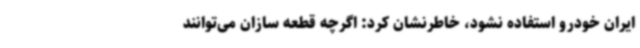
ایران خودرو استفاده نشود، خاطرنشان کرد: اگرچه قطعه سازان می‌توانند